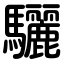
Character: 驪